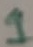
Text: 1